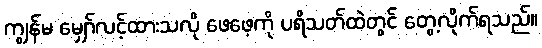
ကျွန်မ မျှော်လင့်ထားသလို ဖေဖေ့ကို ပရိသတ်ထဲတွင် တွေ့လိုက်ရသည်။